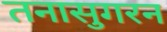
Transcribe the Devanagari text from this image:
तनासुगरन